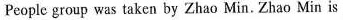
People group was taken by Zhao Min.Zhao Min is